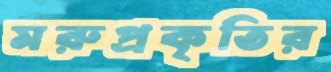
মরুপ্রকৃতির